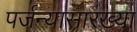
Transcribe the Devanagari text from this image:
पर्जन्यासारख्या